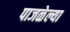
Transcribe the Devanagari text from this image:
पाजळेल्या